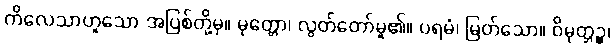
ကိလေသာဟူသော အပြစ်တို့မှ။ မုတ္တော၊ လွတ်တော်မူ၏။ ပရမံ၊ မြတ်သော။ ဝိမုတ္တဉ္စ၊